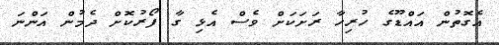
އެގޮތުން އައްޑޫގެ ހުރިހާ ރަށަކަށް ވެސް އެޅި ގާ ފޯރުކޮށް ދެމުން އަންނަ